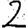
Digit: 2